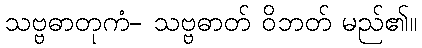
သဗ္ဗဓာတုကံ- သဗ္ဗဓာတ် ဝိဘတ် မည်၏။